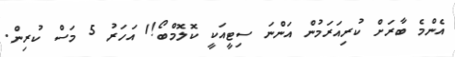
އެންމެ ބާރަށް ކުރިއަރަމުން އަންނަ ސިޓީއަކީ ކޮލޮމްބޯ!1 އަހަރު 5 މަސް ކުރިން.